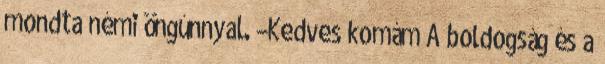
mondta némi öngúnnyal. –Kedves komám A boldogság és a